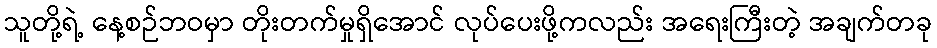
သူတို့ရဲ့ နေ့စဉ်ဘဝမှာ တိုးတက်မှုရှိအောင် လုပ်ပေးဖို့ကလည်း အရေးကြီးတဲ့ အချက်တခု